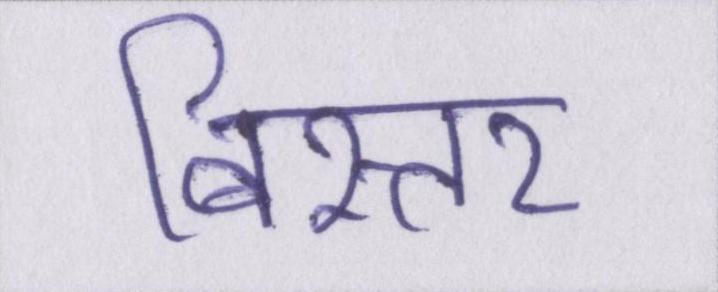
बिस्तर